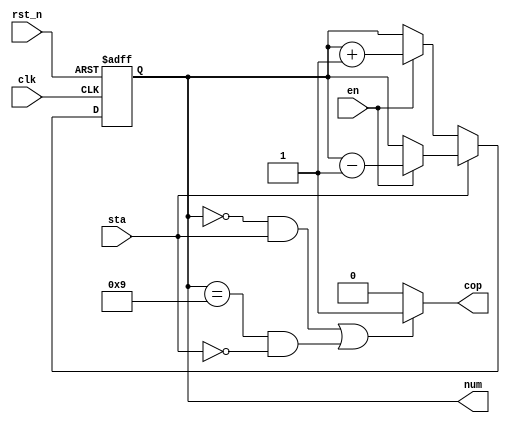
module counter_4bit2_cd(num, clk, rst_n,cop,sta,en);
	output [3:0] num;
	output cop;
	input clk, rst_n, sta, en;
	wire [3:0] next_num,next_numm;
	reg [3:0] num;

	assign next_num=en?num+1:num;
	assign next_numm=en?num-1:num;
	assign cop=((num==4'b0000 && sta==1)||(num==4'b1001 && sta==0))?1:0;

	always @ (posedge clk,negedge rst_n)
	begin
		if(!rst_n)begin
			num<=4'b0011;
		end else if(sta==0)begin
			num<=next_num;
		end else if(sta==1)begin
			num<=next_numm;
		end 
		
	end


	

endmodule